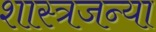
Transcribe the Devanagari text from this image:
शास्त्रजन्या